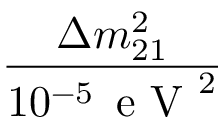
\frac { \Delta m _ { 2 1 } ^ { 2 } } { 1 0 ^ { - 5 } \, \mathrm { ~ e ~ V ~ } ^ { 2 } }